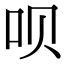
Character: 呗